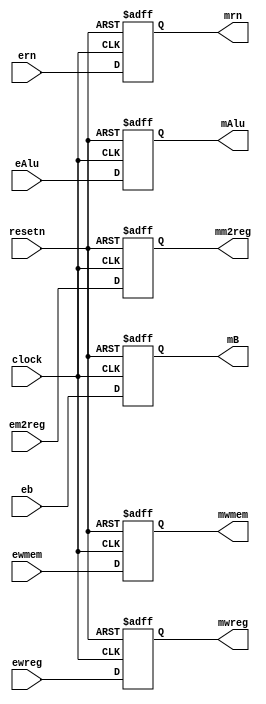
module pipeemreg( ewreg,em2reg,ewmem,eAlu,eb,ern,clock,resetn,
							mwreg,mm2reg,mwmem,mAlu,mB,mrn); // EXE/MEM 
	input ewreg,em2reg,ewmem,clock,resetn;
	input [31:0] eAlu,eb;
	input [4:0] ern;
	
	output reg mwreg,mm2reg,mwmem;
	output reg [31:0] mAlu,mB;
	output reg [4:0] mrn;
	
	always @(negedge resetn or posedge clock)
		if(resetn==0)
			begin
				mwreg<=0;
				mm2reg<=0;
				mwmem<=0;
				mAlu<=0;
				mB<=0;
				mrn<=0;
			end
		else
			begin
				mwreg<=ewreg;
				mm2reg<=em2reg;
				mwmem<=ewmem;
				mAlu<=eAlu;
				mB<=eb;
				mrn<=ern;
			end
endmodule